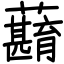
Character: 蘛